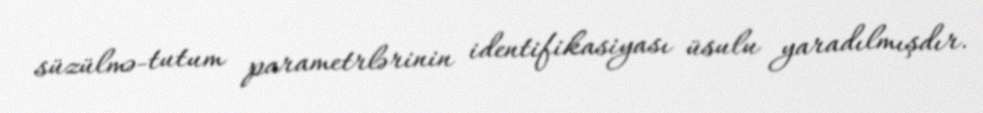
süzülmə-tutum parametrlərinin identifikasiyası üsulu yaradılmışdır.